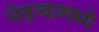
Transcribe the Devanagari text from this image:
नेतृत्वामध्ये